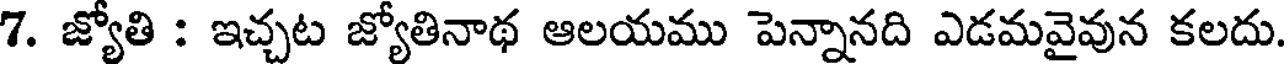
7. జ్యోతి : ఇచ్చట జ్యోతినాథ ఆలయము పెన్నానది ఎడమవైవున కలదు